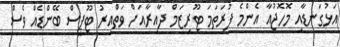
އަޅުގަނޑާއި މޮހޮޖުއާ އެންމެ ފުރަތަމަ ޓޫރިޒަމް ދާއިރާއަށް ވަތްއިރު ޓޫޕީސް ބޭންޑެއް ވެސް